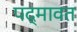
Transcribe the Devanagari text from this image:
पद्‍मावत